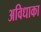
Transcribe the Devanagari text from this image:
अविधाका